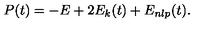
P ( t ) = - E + 2 E _ { k } ( t ) + E _ { n l p } ( t ) .